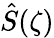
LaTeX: \hat{S}(\zeta)